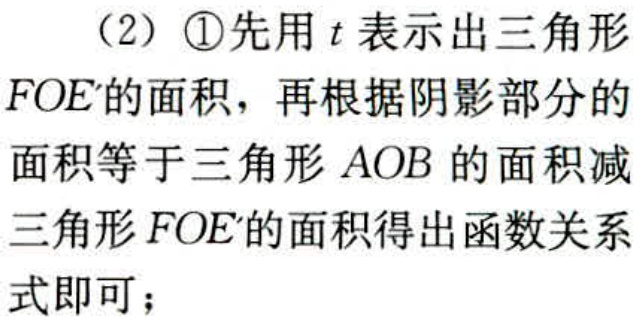
（2）\textcircled{1}先用\(t\)表示出三角形\(FOE'\)的面积，再根据阴影部分的面积等于三角形\(AOB\)的面积减三角形\(FOE'\)的面积得出函数关系式即可；